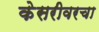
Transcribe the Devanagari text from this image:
केसरीवरचा